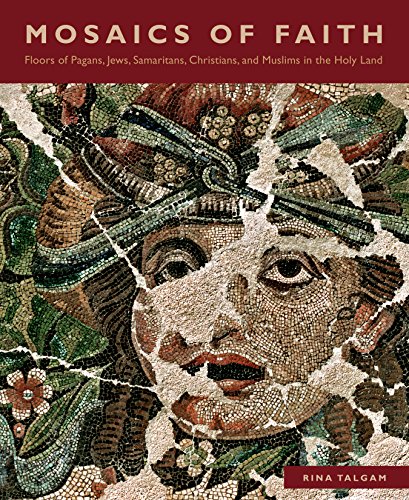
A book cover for Mosaics of Faith: Floors of Pagans, Jews, Samaritans, Christians, and Muslims in the Holy Land; Rina Talgam; Crafts, Hobbies & Home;